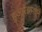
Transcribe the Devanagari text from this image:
हुआरेझमधून